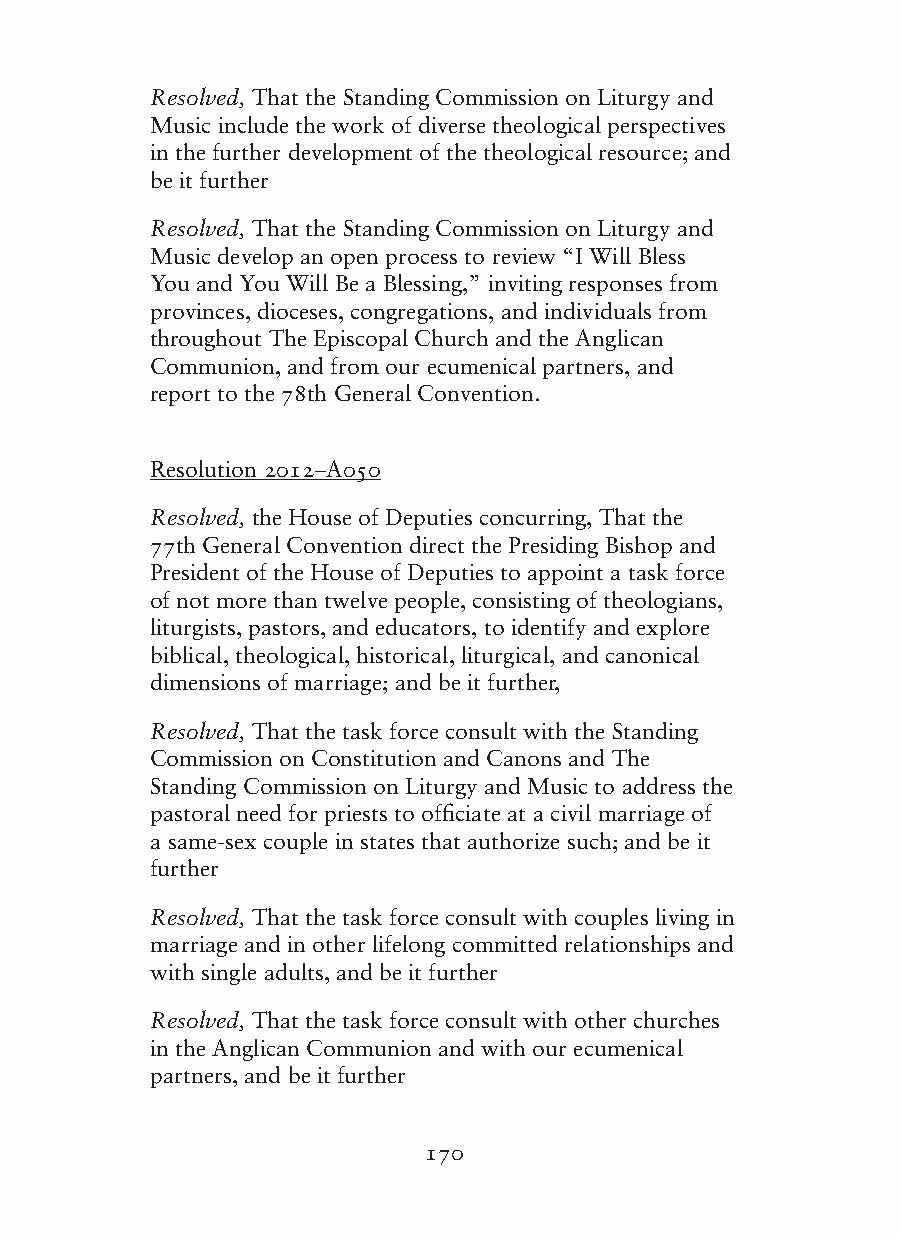
Resolved, That the Standing Commission on Liturgy and
 Music include the work of diverse theological perspectives
 in the further development of the theological resource; and
 be it further
 Resolved, That the Standing Commission on Liturgy and
 Music develop an open process to review “I Will Bless
 You and You Will Be a Blessing,” inviting responses from
 provinces, dioceses, congregations, and individuals from
 throughout The Episcopal Church and the Anglican
 Communion, and from our ecumenical partners, and
 report to the 78th General Convention.
 Resolution 2012–A050
 Resolved, the House of Deputies concurring, That the
 77th General Convention direct the Presiding Bishop and
 President of the House of Deputies to appoint a task force
 of not more than twelve people, consisting of theologians,
 liturgists, pastors, and educators, to identify and explore
 biblical, theological, historical, liturgical, and canonical
 dimensions of marriage; and be it further,
 Resolved, That the task force consult with the Standing
 Commission on Constitution and Canons and The
 Standing Commission on Liturgy and Music to address the
 pastoral need for priests to officiate at a civil marriage of
 a same-sex couple in states that authorize such; and be it
 further
 Resolved, That the task force consult with couples living in
 marriage and in other lifelong committed relationships and
 with single adults, and be it further
 Resolved, That the task force consult with other churches
 in the Anglican Communion and with our ecumenical
 partners, and be it further
 170